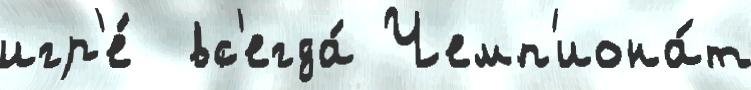
игр'е́  вс'егда́ Чемп'иона́т